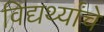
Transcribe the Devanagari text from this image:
विद्यर्थ्यांचे